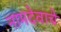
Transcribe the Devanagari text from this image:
नामदेवाचे